Civil Veterinary Department. United Provinces 1923-31 - 1923-1931
Year: 1923
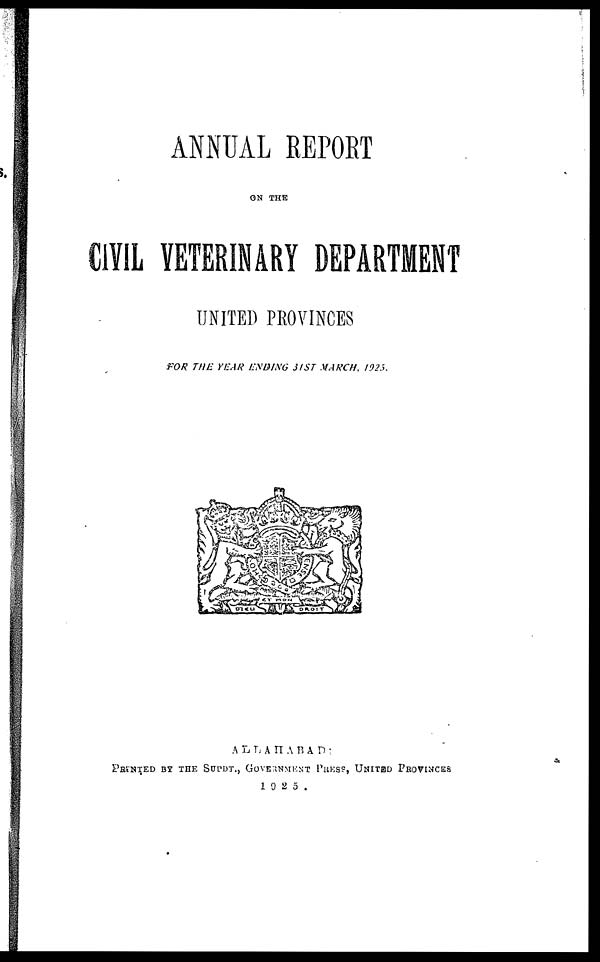
ANNUAL REPORT
ON THE
CIVIL VETERINARY DEPARTMENT
UNITED PROVINCES
FOR THE YEAR ENDING 3IST MARCH, 1925.
ALLAHABAD:
PRINTED BY THE SUPDT., GOVERNMENT PRESS, UNITED PROVINCES
1925.